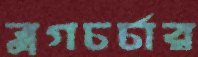
ব্লগচর্চার